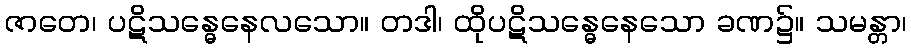
ဇာတေ၊ ပဋိသန္ဓေနေလသော။ တဒါ၊ ထိုပဋိသန္ဓေနေသော ခဏ၌။ သမန္တာ၊